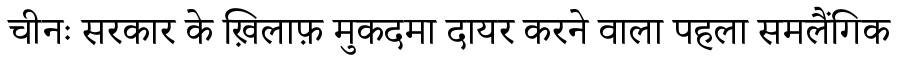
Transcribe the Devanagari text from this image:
चीनः सरकार के ख़िलाफ़ मुकदमा दायर करने वाला पहला समलैंगिक